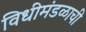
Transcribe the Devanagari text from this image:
विधीमंडळाची